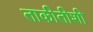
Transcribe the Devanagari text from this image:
ताकीतीशी